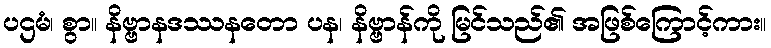
ပဌမံ၊ စွာ။ နိဗ္ဗာနဒဿနတော ပန၊ နိဗ္ဗာန်ကို မြင်သည်၏ အဖြစ်ကြောင့်ကား။